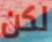
لكن